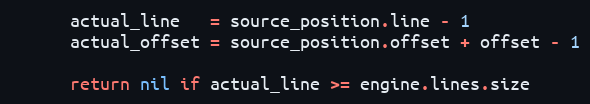
Language: Ruby
      actual_line   = source_position.line - 1
      actual_offset = source_position.offset + offset - 1

      return nil if actual_line >= engine.lines.size